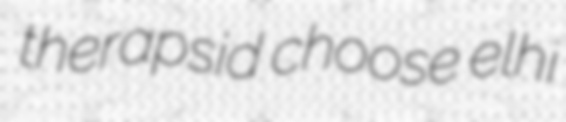
therapsid choose elhi